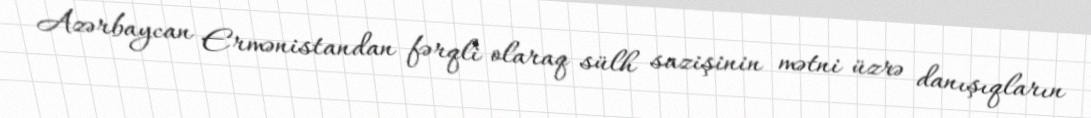
Azərbaycan Ermənistandan fərqli olaraq sülh sazişinin mətni üzrə danışıqların